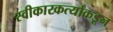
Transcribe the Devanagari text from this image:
स्वीकारकर्त्यांकडून